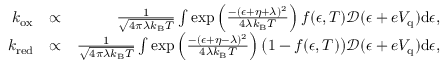
\begin{array} { r l r } { k _ { \mathrm { o x } } } & { \propto } & { \frac { 1 } { \sqrt { 4 \pi \lambda k _ { \mathrm { B } } T } } \int \exp \left( { \frac { - ( \epsilon + \eta + \lambda ) ^ { 2 } } { 4 \lambda k _ { \mathrm { B } } T } } \right) f ( \epsilon , T ) \mathcal { D } ( \epsilon + e V _ { \mathrm { q } } ) \mathrm { d } \epsilon , } \\ { k _ { \mathrm { r e d } } } & { \propto } & { \frac { 1 } { \sqrt { 4 \pi \lambda k _ { \mathrm { B } } T } } \int \exp \left( { \frac { - ( \epsilon + \eta - \lambda ) ^ { 2 } } { 4 \lambda k _ { \mathrm { B } } T } } \right) \big ( 1 - f ( \epsilon , T ) \big ) \mathcal { D } ( \epsilon + e V _ { \mathrm { q } } ) \mathrm { d } \epsilon , } \end{array}